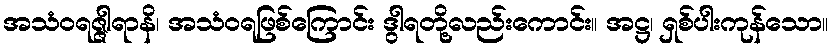
အသံဝရဇ္ဇါရာနိ၊ အသံဝရဖြစ်ကြောင်း ဒွါရတို့လည်းကောင်း။ အဋ္ဌ၊ ရှစ်ပါးကုန်သော။